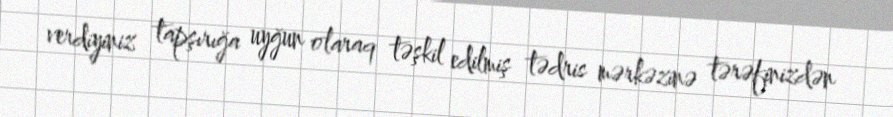
verdiyiniz tapşırığa uyğun olaraq təşkil edilmiş tədris mərkəzinə tərəfinizdən